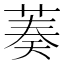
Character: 𦴺